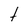
Character: t